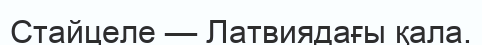
Стайцеле — Латвиядағы қала.